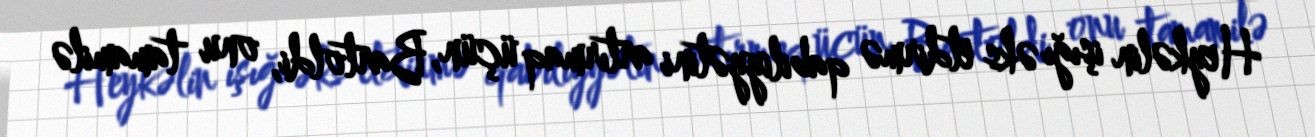
Heykəlin işığı əks etdirmə qabiliyyətini artırmaq üçün, Bartoldi, onu tamamilə